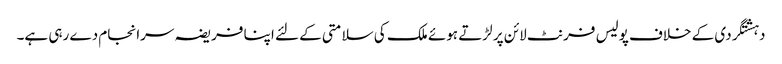
دہشتگردی کے خلاف پولیس فرنٹ لائن پر لڑتے ہوئے ملک کی سلامتی کے لئے اپنا فریضہ سرانجام دے رہی ہے۔